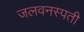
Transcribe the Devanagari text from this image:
जलवनस्पती